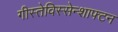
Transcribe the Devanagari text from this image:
गीस्तेविस्सेन्शाफ्टन